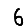
Digit: 6